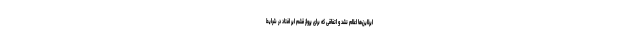
ایرلاین‌ها اعلام نشد و اتفاقی که برای پرواز قشم ایر افتاد در شرایط